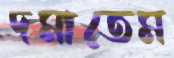
দমাতেম